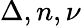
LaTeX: \Delta,n,\nu